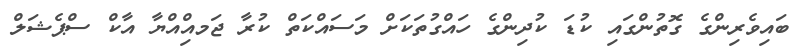
ބައިވެރިންގެ ގޮތުންގައި ކުޑަ ކުދިންގެ ހައްގުތަކަށް މަސައްކަތް ކުރާ ޖަމއްިއްޔާ އާކް ސްޕެޝަލް